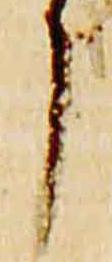
了